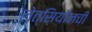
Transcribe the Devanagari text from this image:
लेत्सियोनची